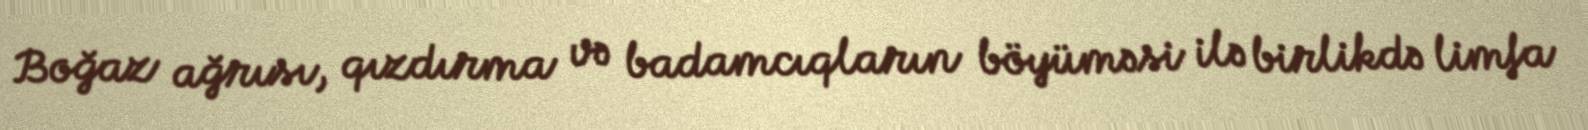
Boğaz ağrısı, qızdırma və badamcıqların böyüməsi ilə birlikdə limfa